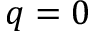
q = 0